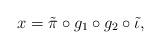
LaTeX: \begin{align*}x = \tilde{\pi} \circ g_1 \circ g_2 \circ \tilde{\iota},\end{align*}